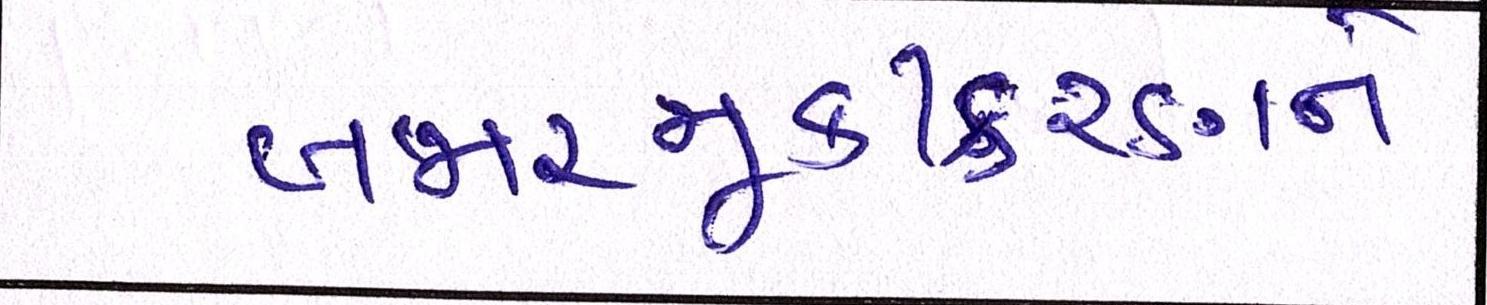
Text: બજારમૂડીકરણને